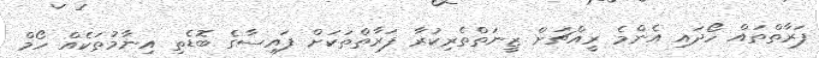
ފަރާތްތައް ހޯދައި އެންމެ ރީއްޗަށް ޒީނަތްތެރިކުރާ ފަރާތްތަކަށް ފައިސާގެ ބޮޑެތި އިނާމުތަކެއް ހޯމް